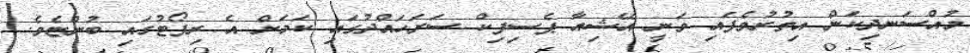
މުއްސަނދިކަން އިތުރުވެފައި ވަނީ އޭޝިއާ ޕެސިފިކް ސަރަހައްްދުގައި ކަމަށް އެ ރިޕޯޓުގައި ބުންޏެވެ.